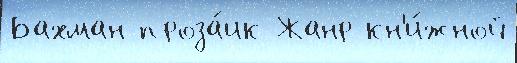
Бахман проза́ик Жанр кн'и́жной